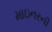
માઇનરની